Punjab Mental Hospital Lahore 1922-31 - 1922-1931
Year: 1922
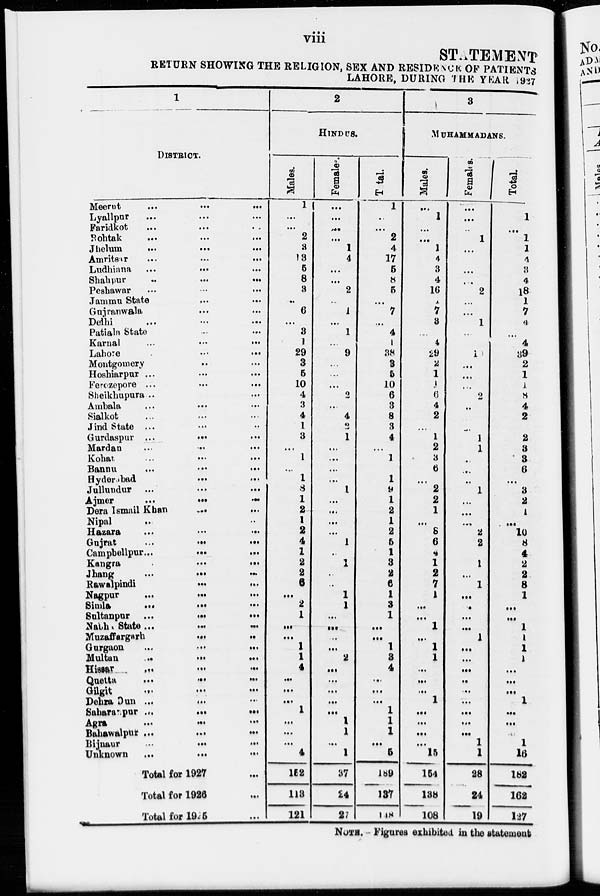
viii
STATEMENT
RETURN SHOWING THE RELIGION, SEX AND RESIDENCE OF PATIENTS
LAHORE, DURING THE YEAR 1927
1
DISTRICT.
Meerut
...
...
...
Lyallpur ... ... ...
Faridkot ... ... ...
Rohtak ... ... ...
Jhelum
...
...
...
Amritsar
...
...
...
Ludhiana
Shahpur
...
...
...
Peshawar
...
...
...
Jammu State
...
...
...
Gurjranwala ... ... ...
Delhi ... ... ...
Patiala State ... ... ...
Karnal ... ... ...
Lahore ... ... ...
Montgomery ... ... ...
Hoshiarpar... ... ...
Ferozepore
...
...
...
Sheikhupura ... ... ...
Ambala ... ... ...
Sialkot... ... ...
Jind State
...
...
...
Gurdaspur ... ... ...
Mardan ... ... ...
Kohat ... ... ...
Bannu ... ... ...
Hyderabad
...
...
...
Jullundur ... ... ...
Ajmere ... ... ...
Dera Ismail Khan
...
...
Nipal ... ... ...
Hazara
...
...
...
Gujrat
...
...
...
Campbellpur...
...
...
Kangra
...
...
...
Jhang ... ... ...
Rawalpindi... ... ...
Nagpur
...
...
...
Simla... ... ...
Sultanpur
...
...
...
Nabhi State... ... ...
Muzaffargarh
...
...
...
Gurgaon
...
...
...
Multan
...
...
...
Hissar ... ... ...
Quetta
...
...
...
Gilgit ... ... ...
Dehra Dun ... ... ...
Saharanpur
...
...
...
Agra
...
...
...
Bahawalpur ...
...
...
Bijnaur ... ... ...
Unknown
...
...
...
Total for 1927 ...
Total for 1926 ...
Total for 1925 ...
2
HINDUS.
Males.
1
...
...
2
3
13
5
8
3
...
6
...
3
1
29
3
5
10
4
3
4
1
3
...
1
...
1
8
1
2
1
2
4
1
2
2 6
...
2
1
...
...
1 1
4
...
...
...
1
...
...
...
4
152
113
121
Females.
...
...
...
...
1
4
...
...
2
...
1
...
1
...
9
...
...
...
2
...
4
2
1
...
...
...
...
1
...
...
...
...
1
...
1
...
...
1
1
...
...
...
...
2
...
...
...
...
... 1
1
... 1
37
24
27
Total.
1
...
...
2
4
17
5
8
5
...
7
...
4
1
38
3
5
10
6
3
8
3
4
...
...
1
1
9
1
2
1
2
5
1
3
2
6
1
3
...
...
...
1
3
4
...
...
...
1
1
1
...
5
l89
137
148
3
MUHAMMADANS.
Males.
... 1
...
...
1
4
3
4 16
1
7 3
...
4
29
2
1
1
6
4
2
...
1
2
3
6
...
2
2 1
...
8 6
4
1
2
7
1
...
...
1
...
1 1
...
...
...
1
...
...
...
...
15
154
138
108
Females.
...
...
1
1
...
...
...
...
2
...
... 1
1
...
1
...
...
...
2
...
1
1
...
...
...
1
...
...
...
2
2
...
1
...
1
...
...
...
...
1
...
...
...
...
...
...
...
...
...
1 1
28
24
19
Total.
...
1
...
1
1
4
3
4
18
1
7
...
4
30
1
1
1
8
4
2
...
2
3
3
6
...
3
2
1
... 10
8
4
2
8
1 1
...
1
1
1
1
...
...
...
1
...
...
...
1 16
182
162
127
NOTE.- Figures exhibited in the Statement